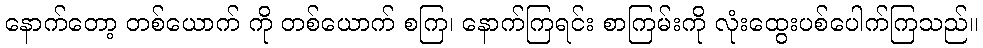
နောက်တော့ တစ်ယောက် ကို တစ်ယောက် စကြ၊ နောက်ကြရင်း စာကြမ်းကို လုံးထွေးပစ်ပေါက်ကြသည်။